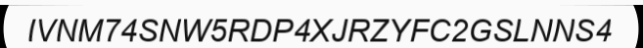
IVNM74SNW5RDP4XJRZYFC2GSLNNS4